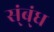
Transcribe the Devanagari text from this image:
स्ंब्ंध